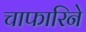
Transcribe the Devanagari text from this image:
चाफारिने